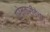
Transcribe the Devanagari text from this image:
प्रेमक्रीडेचा